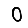
Digit: 0